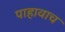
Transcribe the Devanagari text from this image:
पाहावाच